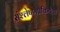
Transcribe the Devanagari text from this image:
संश्लेषणप्रकियेला